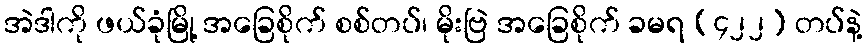
အဲဒါကို ဖယ်ခုံမြို့ အခြေစိုက် စစ်တပ်၊ မိုးဗြဲ အခြေစိုက် ခမရ (၄၂၂) တပ်နဲ့